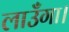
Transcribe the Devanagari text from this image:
लाउँगा।